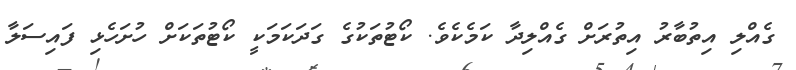
ގެއްލި އިތުބާރު އިތުރަށް ގެއްލިދާ ކަމެކެވެ. ކޯޓުތަކުގެ ގަދަކަމަކީ ކޯޓުތަކަށް ހުށަހެޅި ފައިސަލާ